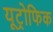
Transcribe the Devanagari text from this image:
यूट्रोफिक